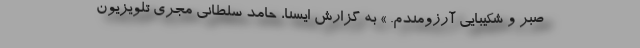
صبر و شکیبایی آرزومندم. » به گزارش ایسنا، حامد سلطانی مجری تلویزیون